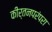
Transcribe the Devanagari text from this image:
कीर्तनपरंपरा